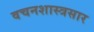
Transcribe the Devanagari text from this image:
वचनशास्त्रसार